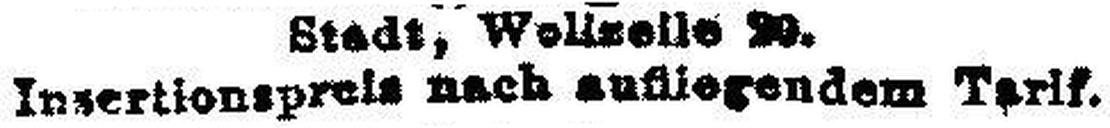
Insertionspreis nach aufliegendem Tarif.